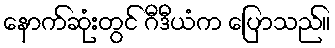
နောက်ဆုံးတွင် ဂီဒီယံက ပြောသည်။